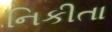
નિકીતા